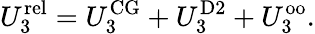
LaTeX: U_{3}^{\mathrm{rel}}=U_{3}^{\mathrm{CG}}+U_{3}^{\mathrm{D2}}+U_{3}^{\mathrm{oo}}.